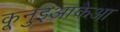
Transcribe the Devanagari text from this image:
कूनुइआकेआ